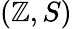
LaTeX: (\mathbb{Z},S)